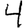
Digit: 4